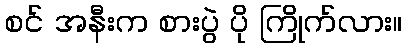
စင် အနီးက စားပွဲ ပို ကြိုက်လား။